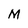
Character: M